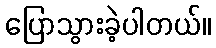
ပြောသွားခဲ့ပါတယ်။